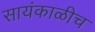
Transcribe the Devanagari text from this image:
सायंकाळीच